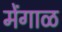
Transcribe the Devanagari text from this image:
मेंगाळ